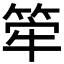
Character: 𥭲